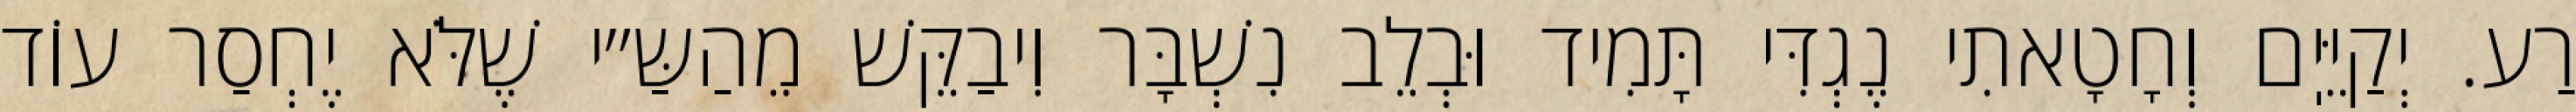
רַע. יְקַיֵּיֽם וְחָטָאתִי נֶגְדִּי תָּמִיד וּבְלֵב נִשְׁבָּר וִיבַקֵּשׁ מֵהַשַּ״י שֶׁלֹּא יֶחְסַר עוֹד